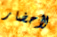
لأحضار